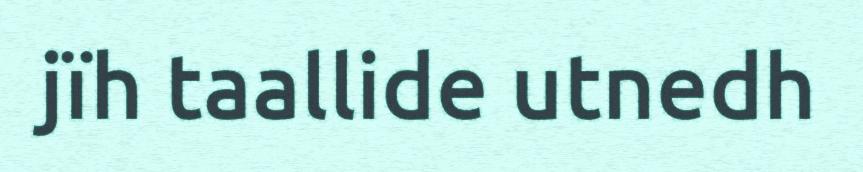
jïh taallide utnedh